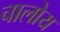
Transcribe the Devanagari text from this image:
चालोय